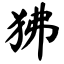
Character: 狒